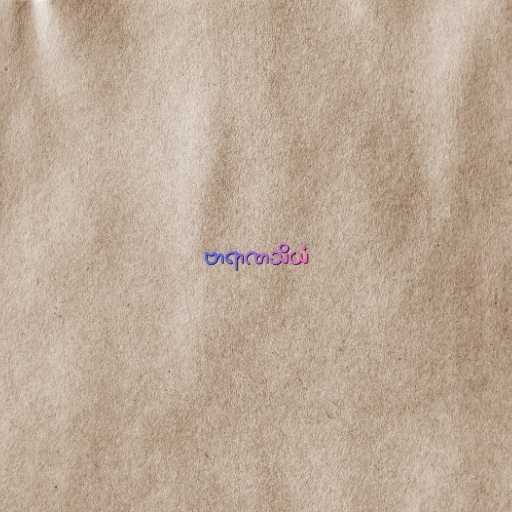
ဗာရာဏသိယံ